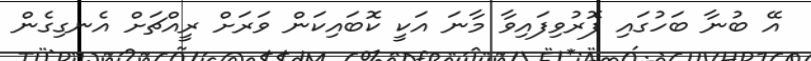
އޭ ބުނާ ބަހުގައި ފޮރުވިފައިވާ މާނަ އަކީ ކޮބައިކަން ވަރަށް ރީއްޗަށް އެނގިގެން